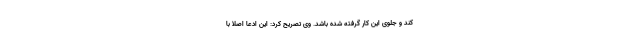
کند و جلوی این کار گرفته شده باشد. وی تصریح کرد: این ادعا اصلا با